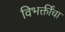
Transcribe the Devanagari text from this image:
विभक्तींचा